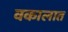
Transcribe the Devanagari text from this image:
वकालात